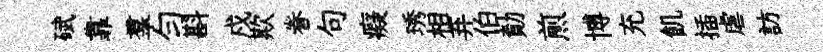
碔靠羣勻斟戍欺眷句癡琇相弃伯勣煎博充飢插虐訪